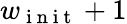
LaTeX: w_{\mathrm{~i~n~i~t~}}+1